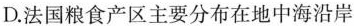
D. 法国粮食产区主要分布在地中海沿岸